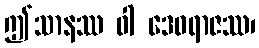
ဤသာနဿ ဝါ ဒေဝရာဇဿ၊